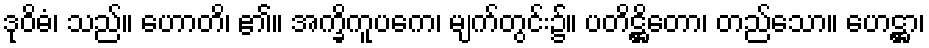
ဒုဝိဓံ၊ သည်။ ဟောတိ၊ ၏။ အက္ခိကူပကေ၊ မျက်တွင်း၌။ ပတိဋ္ဌိတော၊ တည်သော။ ဟေဋ္ဌာ၊